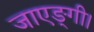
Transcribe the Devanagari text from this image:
जाएङ्गी।